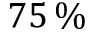
7 5 \, \%